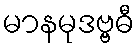
မာနမုဒဗ္ဗဓီ